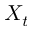
X _ { t }